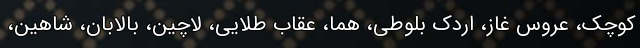
کوچک، عروس غاز، اردک بلوطی، هما، عقاب طلایی، لاچین، بالابان، شاهین،